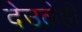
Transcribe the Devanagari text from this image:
देउळेही